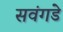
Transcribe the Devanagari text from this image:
सवंगडे